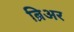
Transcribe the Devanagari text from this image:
ब्रिअर